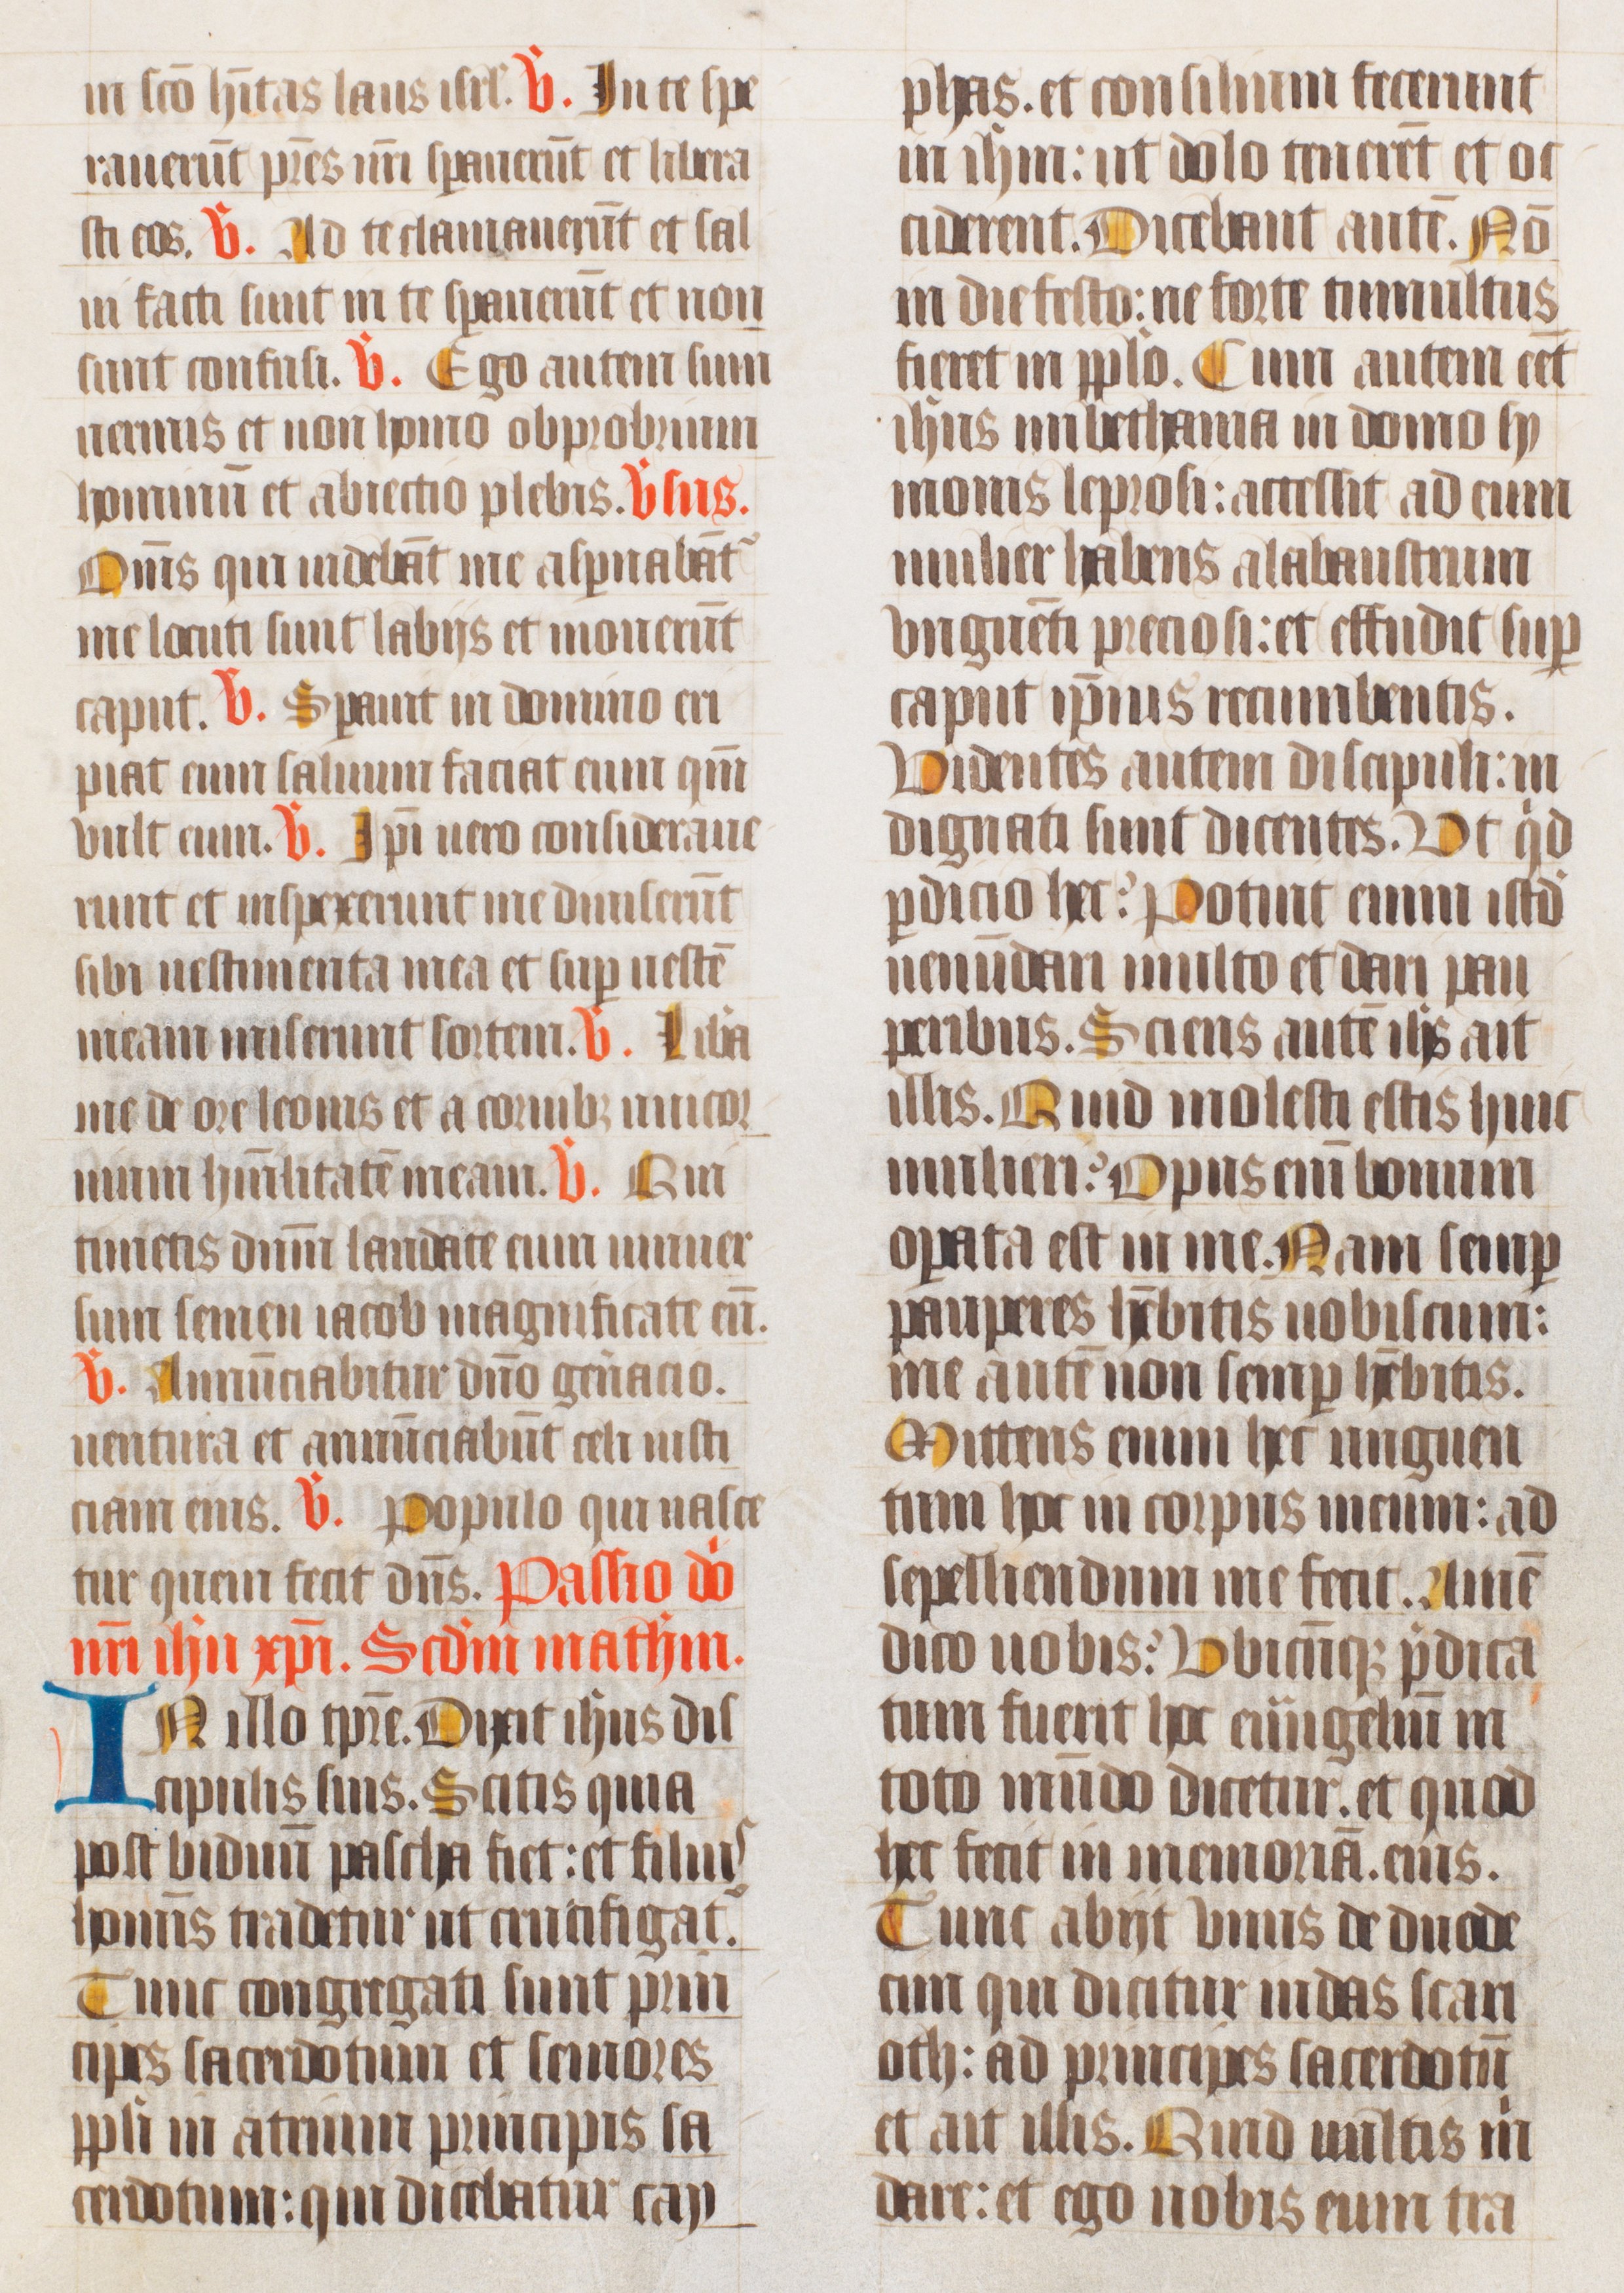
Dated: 1400–1499